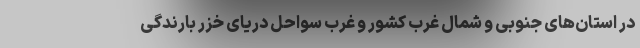
در استان‌های جنوبی و شمال غرب کشور و غرب سواحل دریای خزر بارندگی